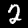
Label: 2